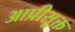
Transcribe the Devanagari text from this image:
आप्रीसूक्त